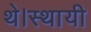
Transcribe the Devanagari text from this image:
थे।स्थायी